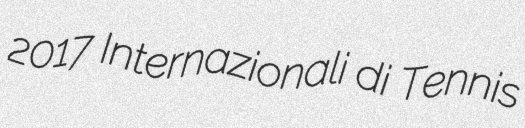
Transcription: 2017 Internazionali di Tennis